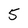
Character: 5